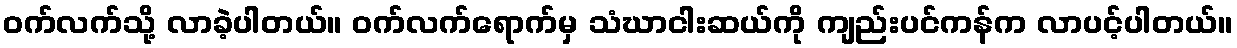
ဝက်လက်သို့ လာခဲ့ပါတယ်။ ဝက်လက်ရောက်မှ သံဃာငါးဆယ်ကို ကျည်းပင်ကန်က လာပင့်ပါတယ်။